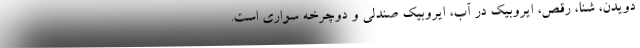
دویدن، شنا، رقص، ایروبیک در آب، ایروبیک صندلی و دوچرخه سواری است.